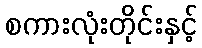
စကားလုံးတိုင်းနှင့်